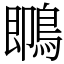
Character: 䳭